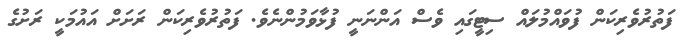
ފަތުރުވެރިކަން ފުވައްމުލައް ސިޓީގައި ވެސް އަންނަނީ ފުޅާވަމުންނެވެ. ފަތުރުވެރިކަން ރަށަށް އައުމަކީ ރަށުގެ